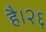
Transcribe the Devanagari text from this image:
है।२६